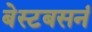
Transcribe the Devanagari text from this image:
बेस्टबसनं